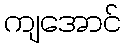
ကျအောင်